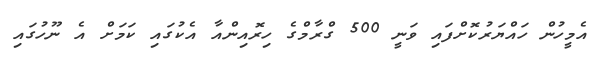
އެމީހުން ހައްޔަރުކޮށްފައި ވަނީ 500 ގްރާމްގެ ހިރޮއިންއާ އެކުގައި ކަމަށް އެ ނޫހުގައި